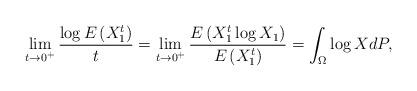
LaTeX: \begin{align*}\lim\limits_{t \to 0^+}\dfrac{\log E\left(X_1^t\right)}{t} = \lim\limits_{t \to 0^+}\dfrac{E\left(X_1^t\log X_1\right)}{E\left(X_1^t\right)} = \int_{\Omega}\log X dP,\end{align*}